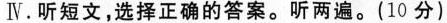
Ⅳ.听短文,选择正确的答案.听两遍.(10 分)